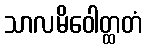
သာလမိဝေါတ္ထတံ